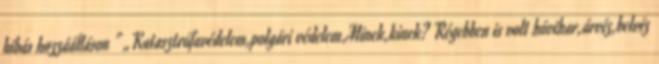
hibás hozzáálláson ” „Katasztrófavédelem,polgári védelem.Minek,kinek? Régebben is volt hóvihar,árvíz,belvíz